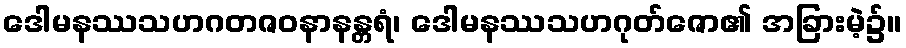
ဒေါမနဿသဟဂတဇဝနာနန္တရံ၊ ဒေါမနဿသဟဂုတ်ဇော၏ အခြားမဲ့၌။